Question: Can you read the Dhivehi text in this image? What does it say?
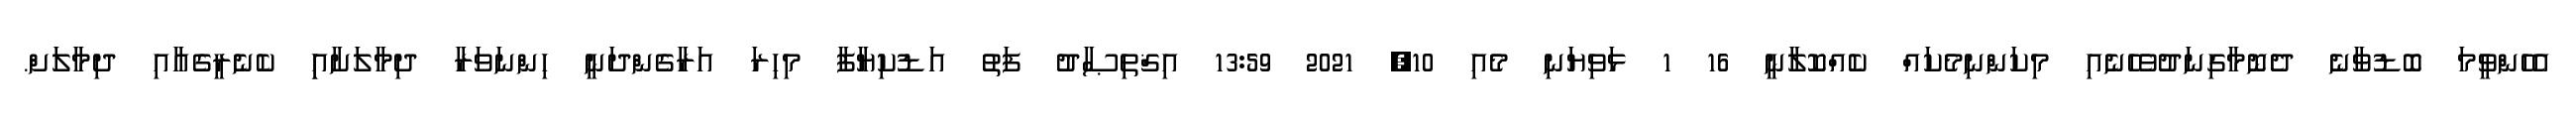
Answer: އެހެންވީމަ ބޮޑުވާނެ ދެނޮމާގިނަދުވެހެނެއި މިކަންނިމެކައް ކެއްކޮލާނީ 16 1 ޅަވިޔަނި މެއި 10, 2021 13:59 އިޤްތިޞާދު ފަތު އަޑުކިޔާފާ މިހިރަ އަރާގެންދަނީ ހިންނަވަރާ ދިމާލަށާއިި ކެނެރީގެއާއި ދިމާލަށް.